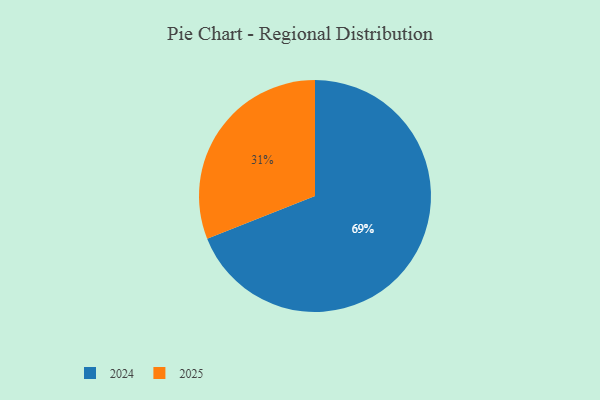
{"axis": {"x": "Category", "y": "Percentage"}, "legend": ["2024", "2025"], "data": [{"x": "2024", "y": 69, "type": "2024"}, {"x": "2025", "y": 31, "type": "2025"}]}